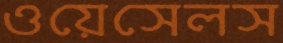
ওয়েসেলস